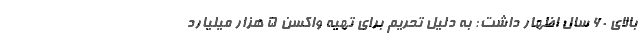
بالای 60 سال اظهار داشت: به دلیل تحریم برای تهیه واکسن 5 هزار میلیارد